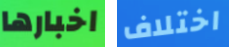
اخبارها اختلاف